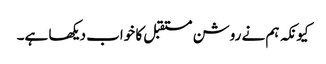
کیونکہ ہم نے روشن مستقبل کا خواب دیکھا ہے۔